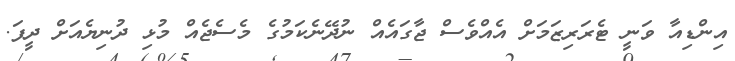
އިންޑިއާ ވަނީ ޓެރަރިޒަމަށް އެއްވެސް ޖާގައެއް ނުދޭނެކަމުގެ މެސެޖެއް މުޅި ދުނިޔެއަށް ދީފަ.